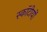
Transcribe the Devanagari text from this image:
स्कॉटीयों